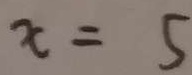
x = 5